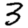
Digit: 3